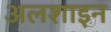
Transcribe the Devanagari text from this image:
अलशाइन